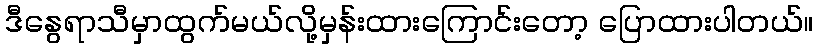
ဒီနွေရာသီမှာထွက်မယ်လို့မှန်းထားကြောင်းတော့ ပြောထားပါတယ်။